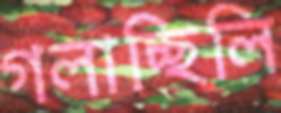
গলাচ্ছিলি